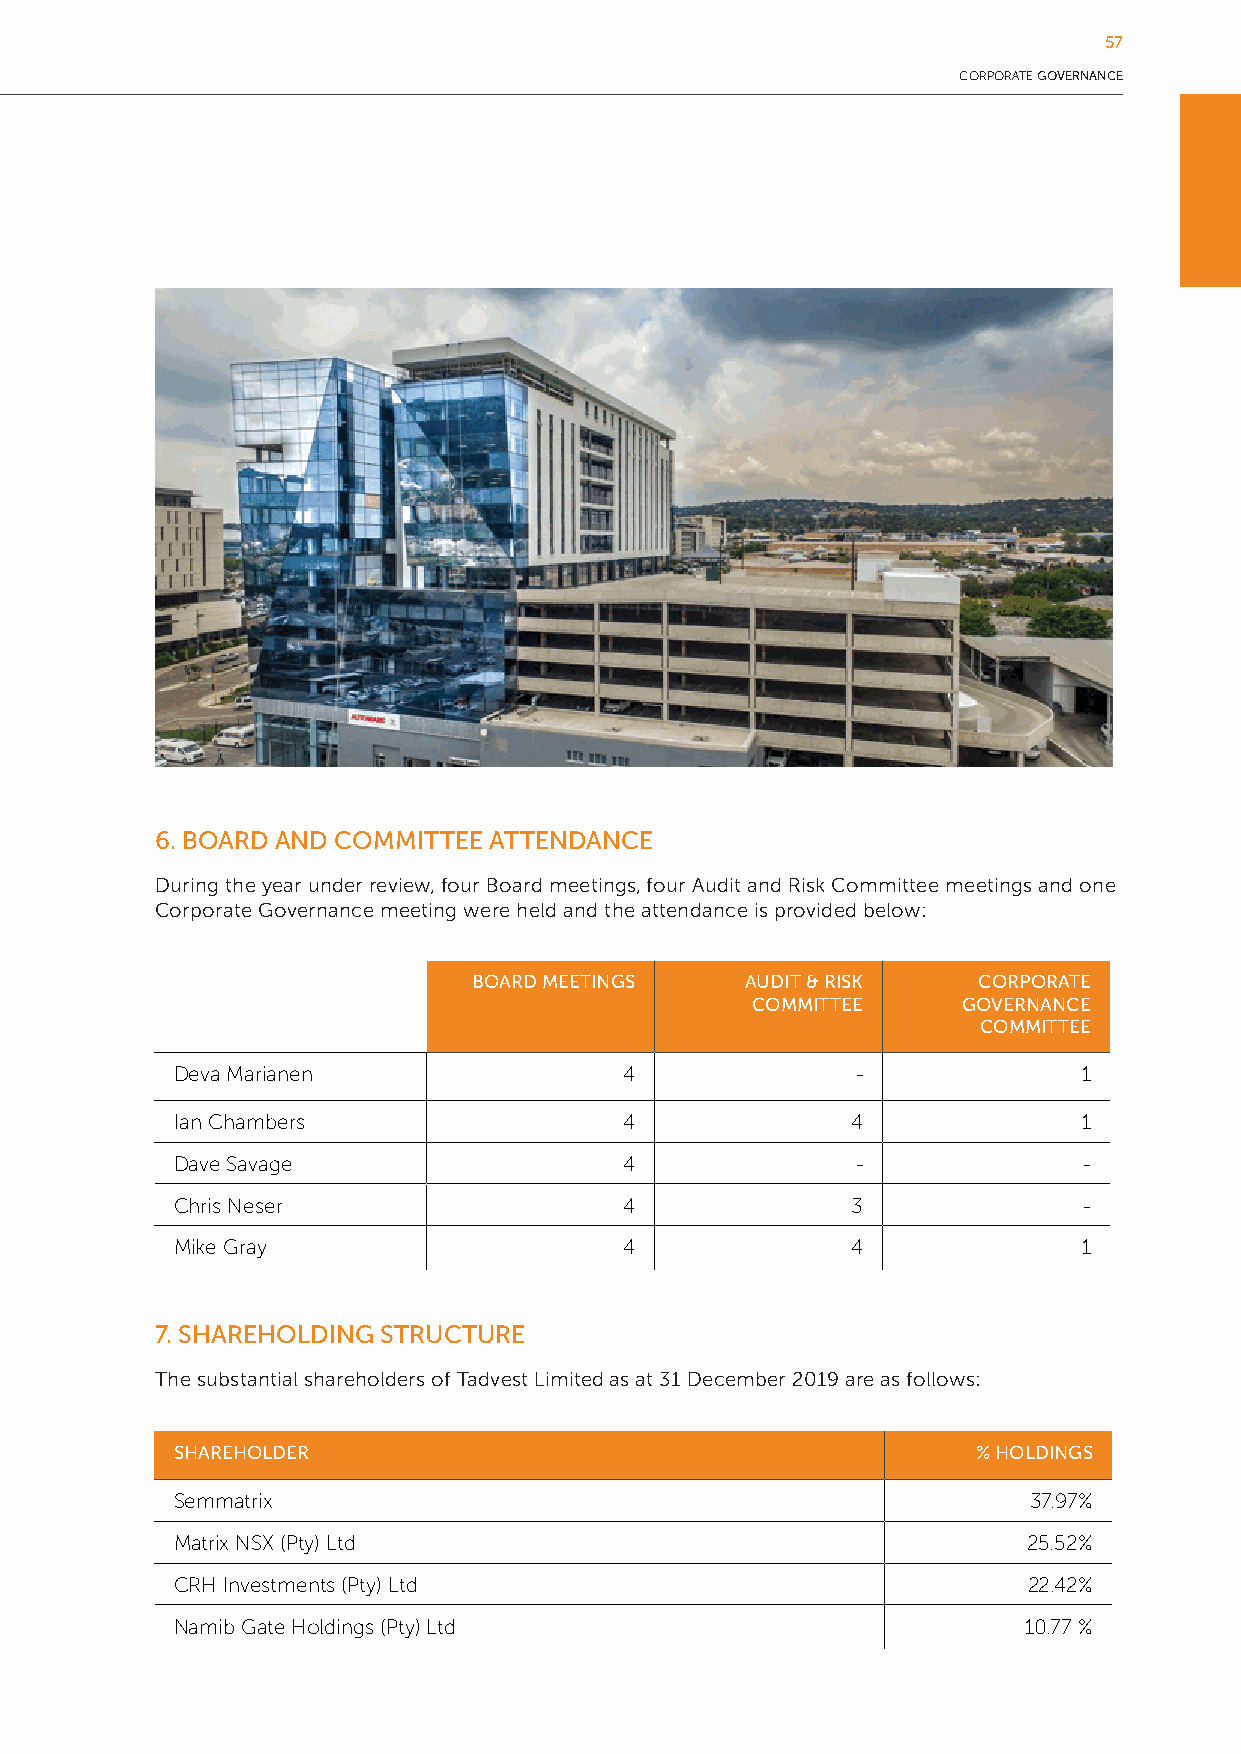
57
 CORPORATE GOVERNANCE
 6. BOARD AND COMMITTEE ATTENDANCE
 During the year under review, four Board meetings, four Audit and Risk Committee meetings and one
 Corporate Governance meeting were held and the attendance is provided below:
 BOARD MEETINGS    AUDIT & RISK    CORPORATE
 COMMITTEE     GOVERNANCE
 COMMITTEE
 Deva Marianen                4               -              1
 Ian Chambers                 4              4               1
 Dave Savage                  4               -              -
 Chris Neser                  4              3               -
 Mike Gray                    4              4               1
 7. SHAREHOLDING STRUCTURE
 The substantial shareholders of Tadvest Limited as at 31 December 2019 are as follows:
 SHAREHOLDER                                          % HOLDINGS
 Semmatrix                                               37.97%
 Matrix NSX (Pty) Ltd                                    25.52%
 CRH Investments (Pty) Ltd                               22.42%
 Namib Gate Holdings (Pty) Ltd                           10.77 %